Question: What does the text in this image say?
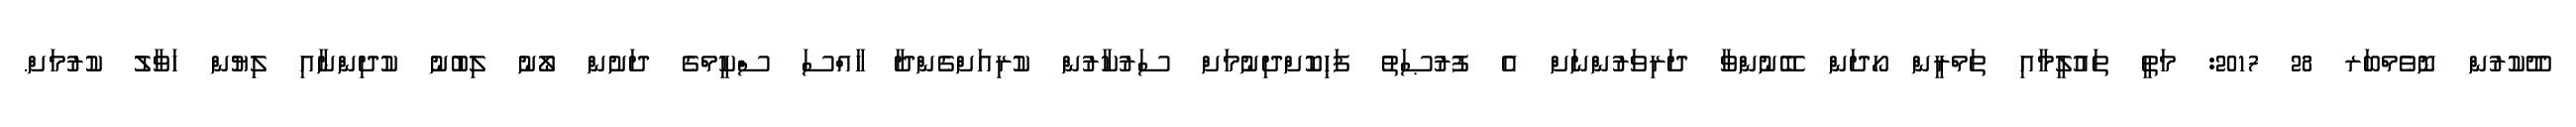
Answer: ދޫކުރުން ނޮވެމްބަރ 28 2017: މަތީ ތައުލީމާއި ތަމްރީން ހޯދަން ބޭނުންވާ ދަރިވަރުންނަށް އެ ފުރުޞަތު ފަހިކޮށްދިނުމަށް ސަރުކާރުން ކުރިއަށްގެންދާ ހާއްސަ ސްކީމްގެ ދަށުން ލޯނު ލިބުނު ކުދިންނާއި ލިޔުން ހަވާލު ކުރުމަށް.